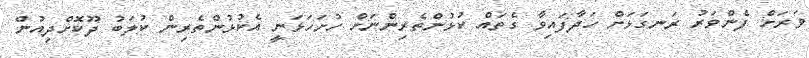
ވަރަށް ފެންވަރު ރަނގަޅަށް ހަދާފައިވާ ގެތައް ކުޅުންތެރިންނަށް ހުށަހަޅަނީ އެކުޅުންތެރިން ކުލަބު ދޫކޮށްދިއުން